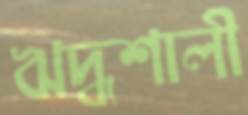
ঋদ্ধশালী